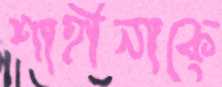
শাহীনাকে